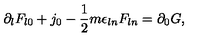
\partial _ { l } F _ { l 0 } + j _ { 0 } - \frac { 1 } { 2 } m \epsilon _ { l n } F _ { l n } = \partial _ { 0 } G ,